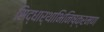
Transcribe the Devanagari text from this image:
सिद्धार्थाभिनिष्क्रमण